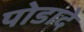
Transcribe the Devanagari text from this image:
पोडादे